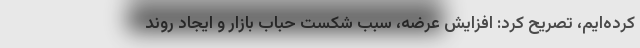
کرده‌ایم، تصریح کرد: افزایش عرضه، سبب شکست حباب بازار و ایجاد روند